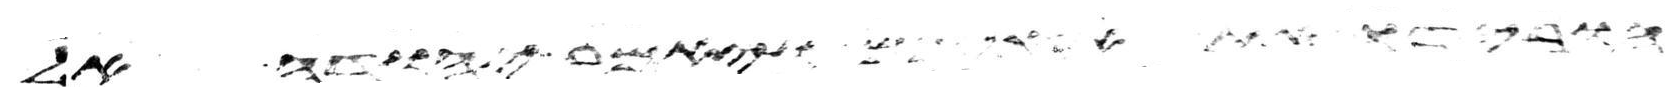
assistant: הורידו את אחיכם ויאמר יהודה אל